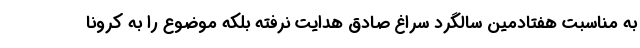
به مناسبت هفتادمین سالگرد سراغ صادق هدایت نرفته بلکه موضوع را به کرونا